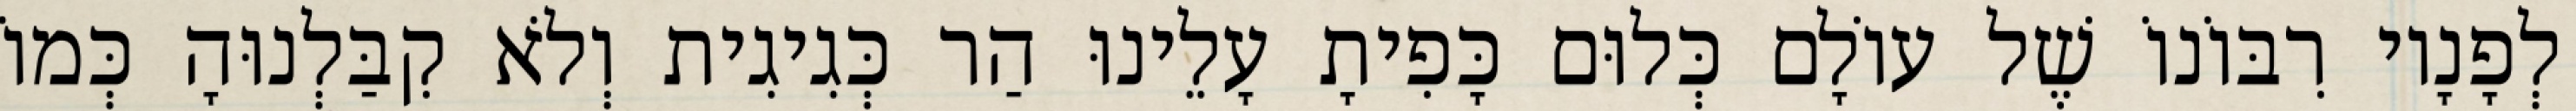
לְפָנָיו רִבּוֹנוֹ שֶׁל עוֹלָם כְּלוּם כָּפִיתָ עָלֵינוּ הַר כְּגִיגִית וְלֹא קִבַּלְנוּהָ כְּמוֹ